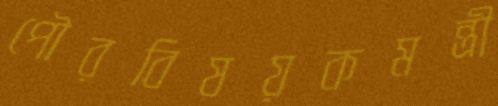
পৌরবিষয়কমন্ত্রী